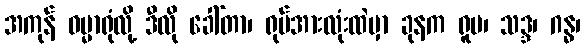
အကုန် ဓမ္မာရုံလို့ ဒီလို ခေါ်တာ၊ ရုပ်အားလုံးထဲမှာ ခုနက ရူပ၊ သဒ္ဒ၊ ဂန္ဓ၊